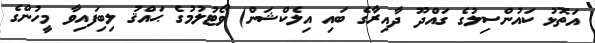
އަތޮޅު ކައުންސިލުގެ ގައްދޫ ދާއިރާގެ ބައި އިލެކްޝަން) ވޯޓުލުމުގެ ޙައްޤު ލިބިފައިވާ މީހުންގެ